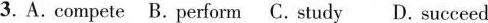
3. A. compete B.perform C. study D. succeed